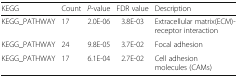
<table><thead><tr><td><b>KEGG</b></td><td><b>Count</b></td><td><b><i>P</i>-value</b></td><td><b>FDR value</b></td><td><b>Description</b></td></tr></thead><tbody><tr><td>KEGG_PATHWAY</td><td>17</td><td>2.0E-06</td><td>3.8E-03</td><td>Extracellular matrix(ECM)-receptor interaction</td></tr><tr><td>KEGG_PATHWAY</td><td>24</td><td>9.8E-05</td><td>3.7E-02</td><td>Focal adhesion</td></tr><tr><td>KEGG_PATHWAY</td><td>17</td><td>6.1E-04</td><td>2.7E-02</td><td>Cell adhesion molecules (CAMs)</td></tr></tbody></table>